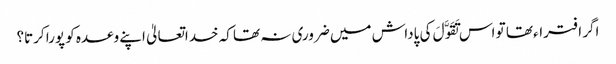
اگر افتراء تھا تو اس تَقَوَّلَ کی پاداش میں ضروری نہ تھا کہ خداتعالیٰ اپنے وعدہ کو پورا کرتا؟